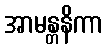
အာမန္တနိကာ